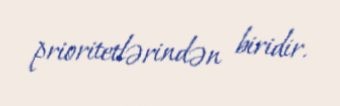
prioritetlərindən biridir.